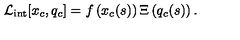
{ \cal L } _ { \mathrm { i n t } } [ x _ { c } , q _ { c } ] = f \left( x _ { c } ( s ) \right) \Xi \left( q _ { c } ( s ) \right) .